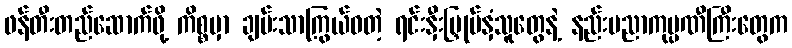
ဖန်တီးတည်ဆောက်ဖို့ ကိစ္စမှာ ချမ်းသာကြွယ်ဝတဲ့ ရင်းနှီးမြှုပ်နှံသူတွေနဲ့ နည်းပညာကုမ္ပဏီကြီးတွေက